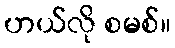
ဟယ်လို စမစ်။